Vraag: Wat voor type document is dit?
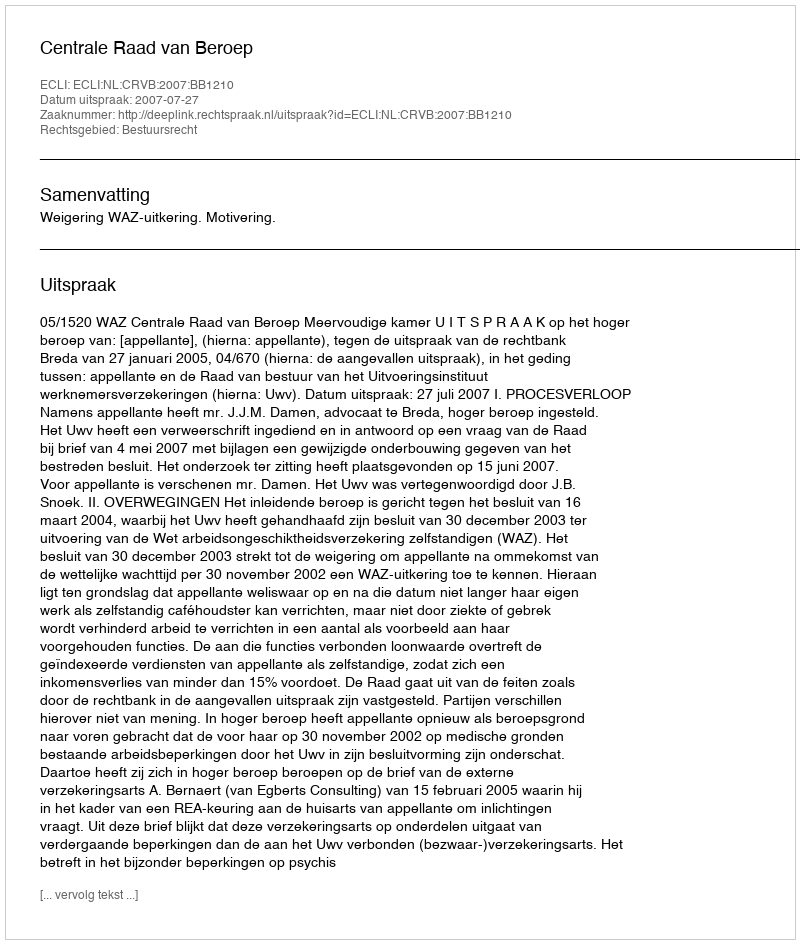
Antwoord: Uitspraak